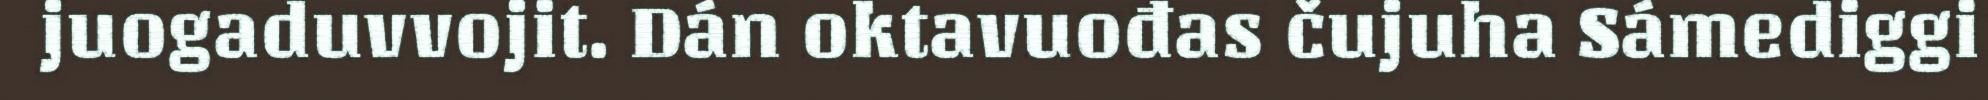
juogaduvvojit. Dán oktavuođas čujuha Sámediggi